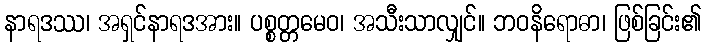
နာရဒဿ၊ အရှင်နာရဒအား။ ပစ္စတ္တမေဝ၊ အသီးသာလျှင်။ ဘဝနိရောဓာ၊ ဖြစ်ခြင်း၏